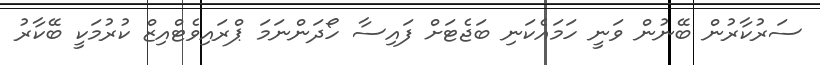
ސަރުކާރުން ބޭނުން ވަނީ ހަމައެކަނި ބަޖެޓަށް ފައިސާ ހޯދަންނަމަ ޕްރައިވެޓްއިޒް ކުރުމަކީ ބޭކާރު